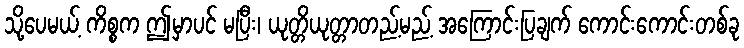
သို့ပေမယ့် ကိစ္စက ဤမှာပင် မပြီး၊ ယုတ္တိယုတ္တာတည့်မည့် အကြောင်းပြချက် ကောင်းကောင်းတစ်ခု